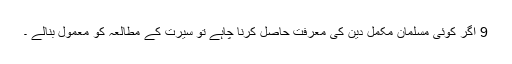
9 اگر کوئی مسلمان مکمل دین کی معرفت حاصل کرنا چاہے تو سیرت کے مطالعہ کو معمول بنالے ۔